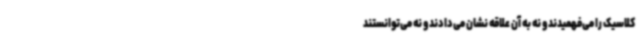
کلاسیک را می‌فهمیدند و نه به آن علاقه نشان می‌دادند و نه می‌توانستند